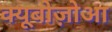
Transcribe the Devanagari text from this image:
क्यूबोज़ोआ